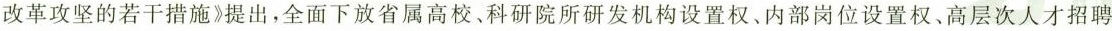
改革攻坚的若干措施》提出，全面下放省属高校、科研院所研发机构设置权、内部岗位设置权、高层次人才招聘